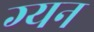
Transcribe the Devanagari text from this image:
ग्यन